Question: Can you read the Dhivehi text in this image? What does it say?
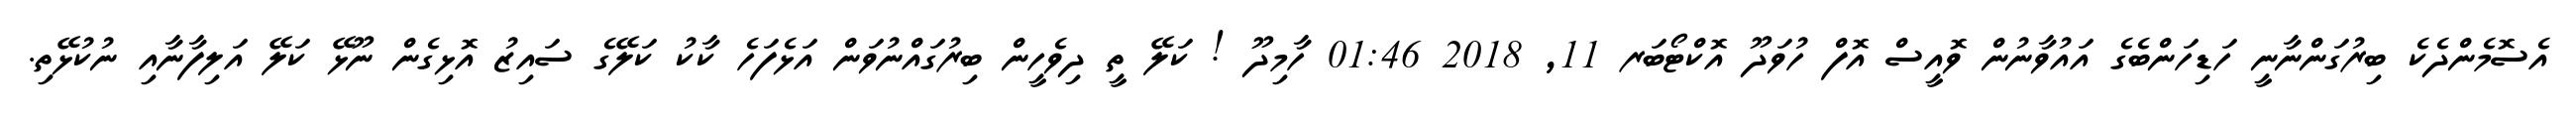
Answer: އެސޮމެންދެކެ ބިރުގަންނާނީ ހަޑިހަންބެގެ އައުވާނުން ވޮއީސް އޮފް ހުވަދޫ އޮކްޓޯބަރ 11, 2018 01:46 ހާމިދޫ ! ކަލޭ ތީ ދިވެހީން ބިރުގައްނުވަން އަޅެފަހެ ކާކު ކަލޭގެ ސައިޒު އޮޅިގެން ނޫޅޭ ކަލޭ އަލިފާނާއި ނުކުޅޭތި.